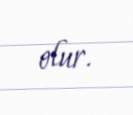
olur.